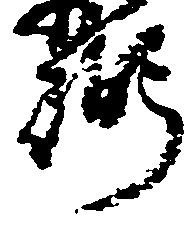
弼